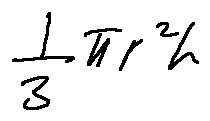
\frac { 1 } { 3 } \pi r ^ { 2 } h